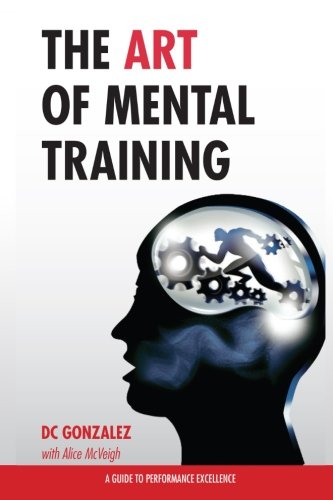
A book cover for The Art of Mental Training: A Guide to Performance Excellence (Collector's Edition); DC Gonzalez; Sports & Outdoors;